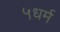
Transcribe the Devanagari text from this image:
५धर्म